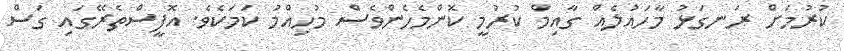
ކުރުމަށް ރަނގަޅު މާހައުލެއް ގާއިމް ކުރުމީ ކޮންމެހެންވެސް މުހިއްމު ކަމަކެވެ. އޮފީސްތެރޭގައި ގަސް